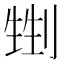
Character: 𠞏